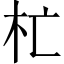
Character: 杧